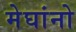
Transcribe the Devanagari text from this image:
मेघांनो